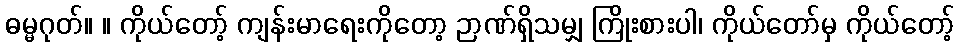
ဓမ္မဂုတ်။ ။ ကိုယ်တော့် ကျန်းမာရေးကိုတော့ ဉာဏ်ရှိသမျှ ကြိုးစားပါ၊ ကိုယ်တော်မှ ကိုယ်တော့်